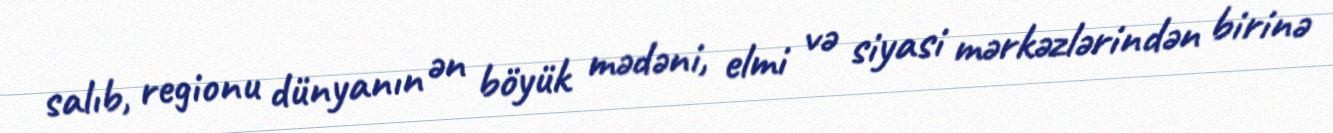
salıb, regionu dünyanın ən böyük mədəni, elmi və siyasi mərkəzlərindən birinə